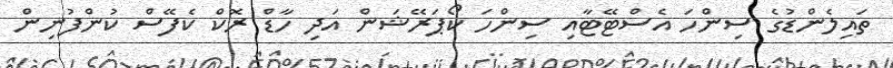
ތައިލެންޑުގެ ސިންހަ އެސްޓޭޓާއި ސިންހަ ކޯޕަރޭޝަން އަދި ހާޑް ރޮކް ކެފޭސް ކުންފުނިން